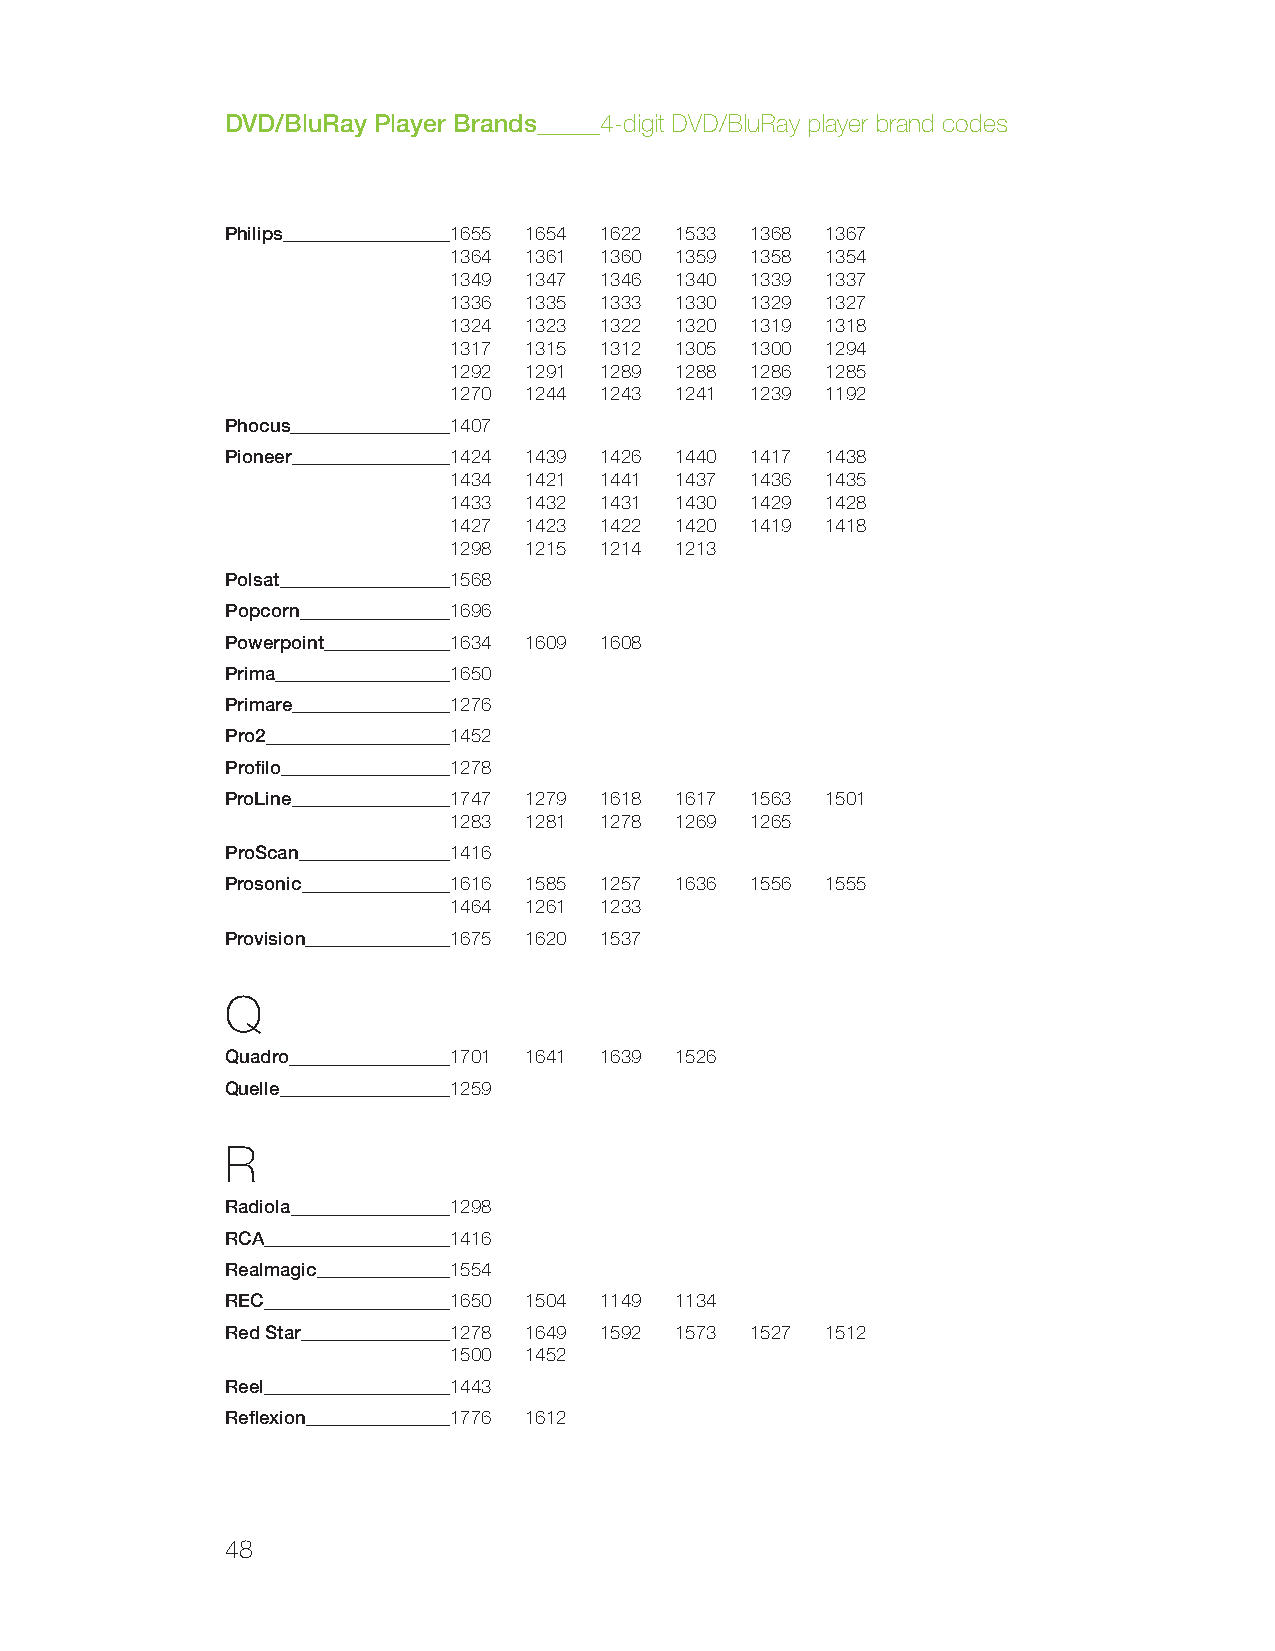
DVD/BluRay Player Brands 4-digit DVD/BluRay player brand codes
 Philips        1655 1654 1622 1533 1368 1367
 1364 1361 1360 1359 1358 1354
 1349 1347 1346 1340 1339 1337
 1336 1335 1333 1330 1329 1327
 1324 1323 1322 1320 1319 1318
 1317 1315 1312 1305 1300 1294
 1292 1291 1289 1288 1286 1285
 1270 1244 1243 1241 1239 1192
 Phocus         1407
 Pioneer        1424 1439 1426 1440 1417 1438
 1434 1421 1441 1437 1436 1435
 1433 1432 1431 1430 1429 1428
 1427 1423 1422 1420 1419 1418
 1298 1215 1214 1213
 Polsat         1568
 Popcorn        1696
 Powerpoint     1634 1609 1608
 Prima          1650
 Primare        1276
 Pro2           1452
 Profilo        1278
 ProLine        1747 1279 1618 1617 1563 1501
 1283 1281 1278 1269 1265
 ProScan        1416
 Prosonic       1616 1585 1257 1636 1556 1555
 1464 1261 1233
 Provision      1675 1620 1537
 Q
 Quadro         1701 1641 1639 1526
 Quelle         1259
 R
 Radiola        1298
 RCA            1416
 Realmagic      1554
 REC            1650 1504 1149 1134
 Red Star       1278 1649 1592 1573 1527 1512
 1500 1452
 Reel           1443
 Reflexion      1776 1612
 48